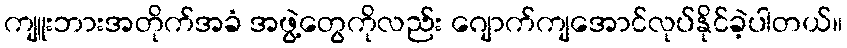
ကျူးဘားအတိုက်အခံ အဖွဲ့တွေကိုလည်း ဂျောက်ကျအောင်လုပ်နိုင်ခဲ့ပါတယ်။